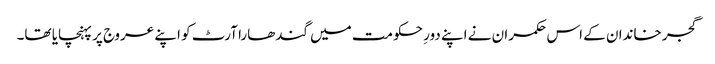
گجر خاندان کے اس حکمران نے اپنے دورِ حکومت میں گندھارا آرٹ کو اپنے عروج پر پہنچایا تھا۔